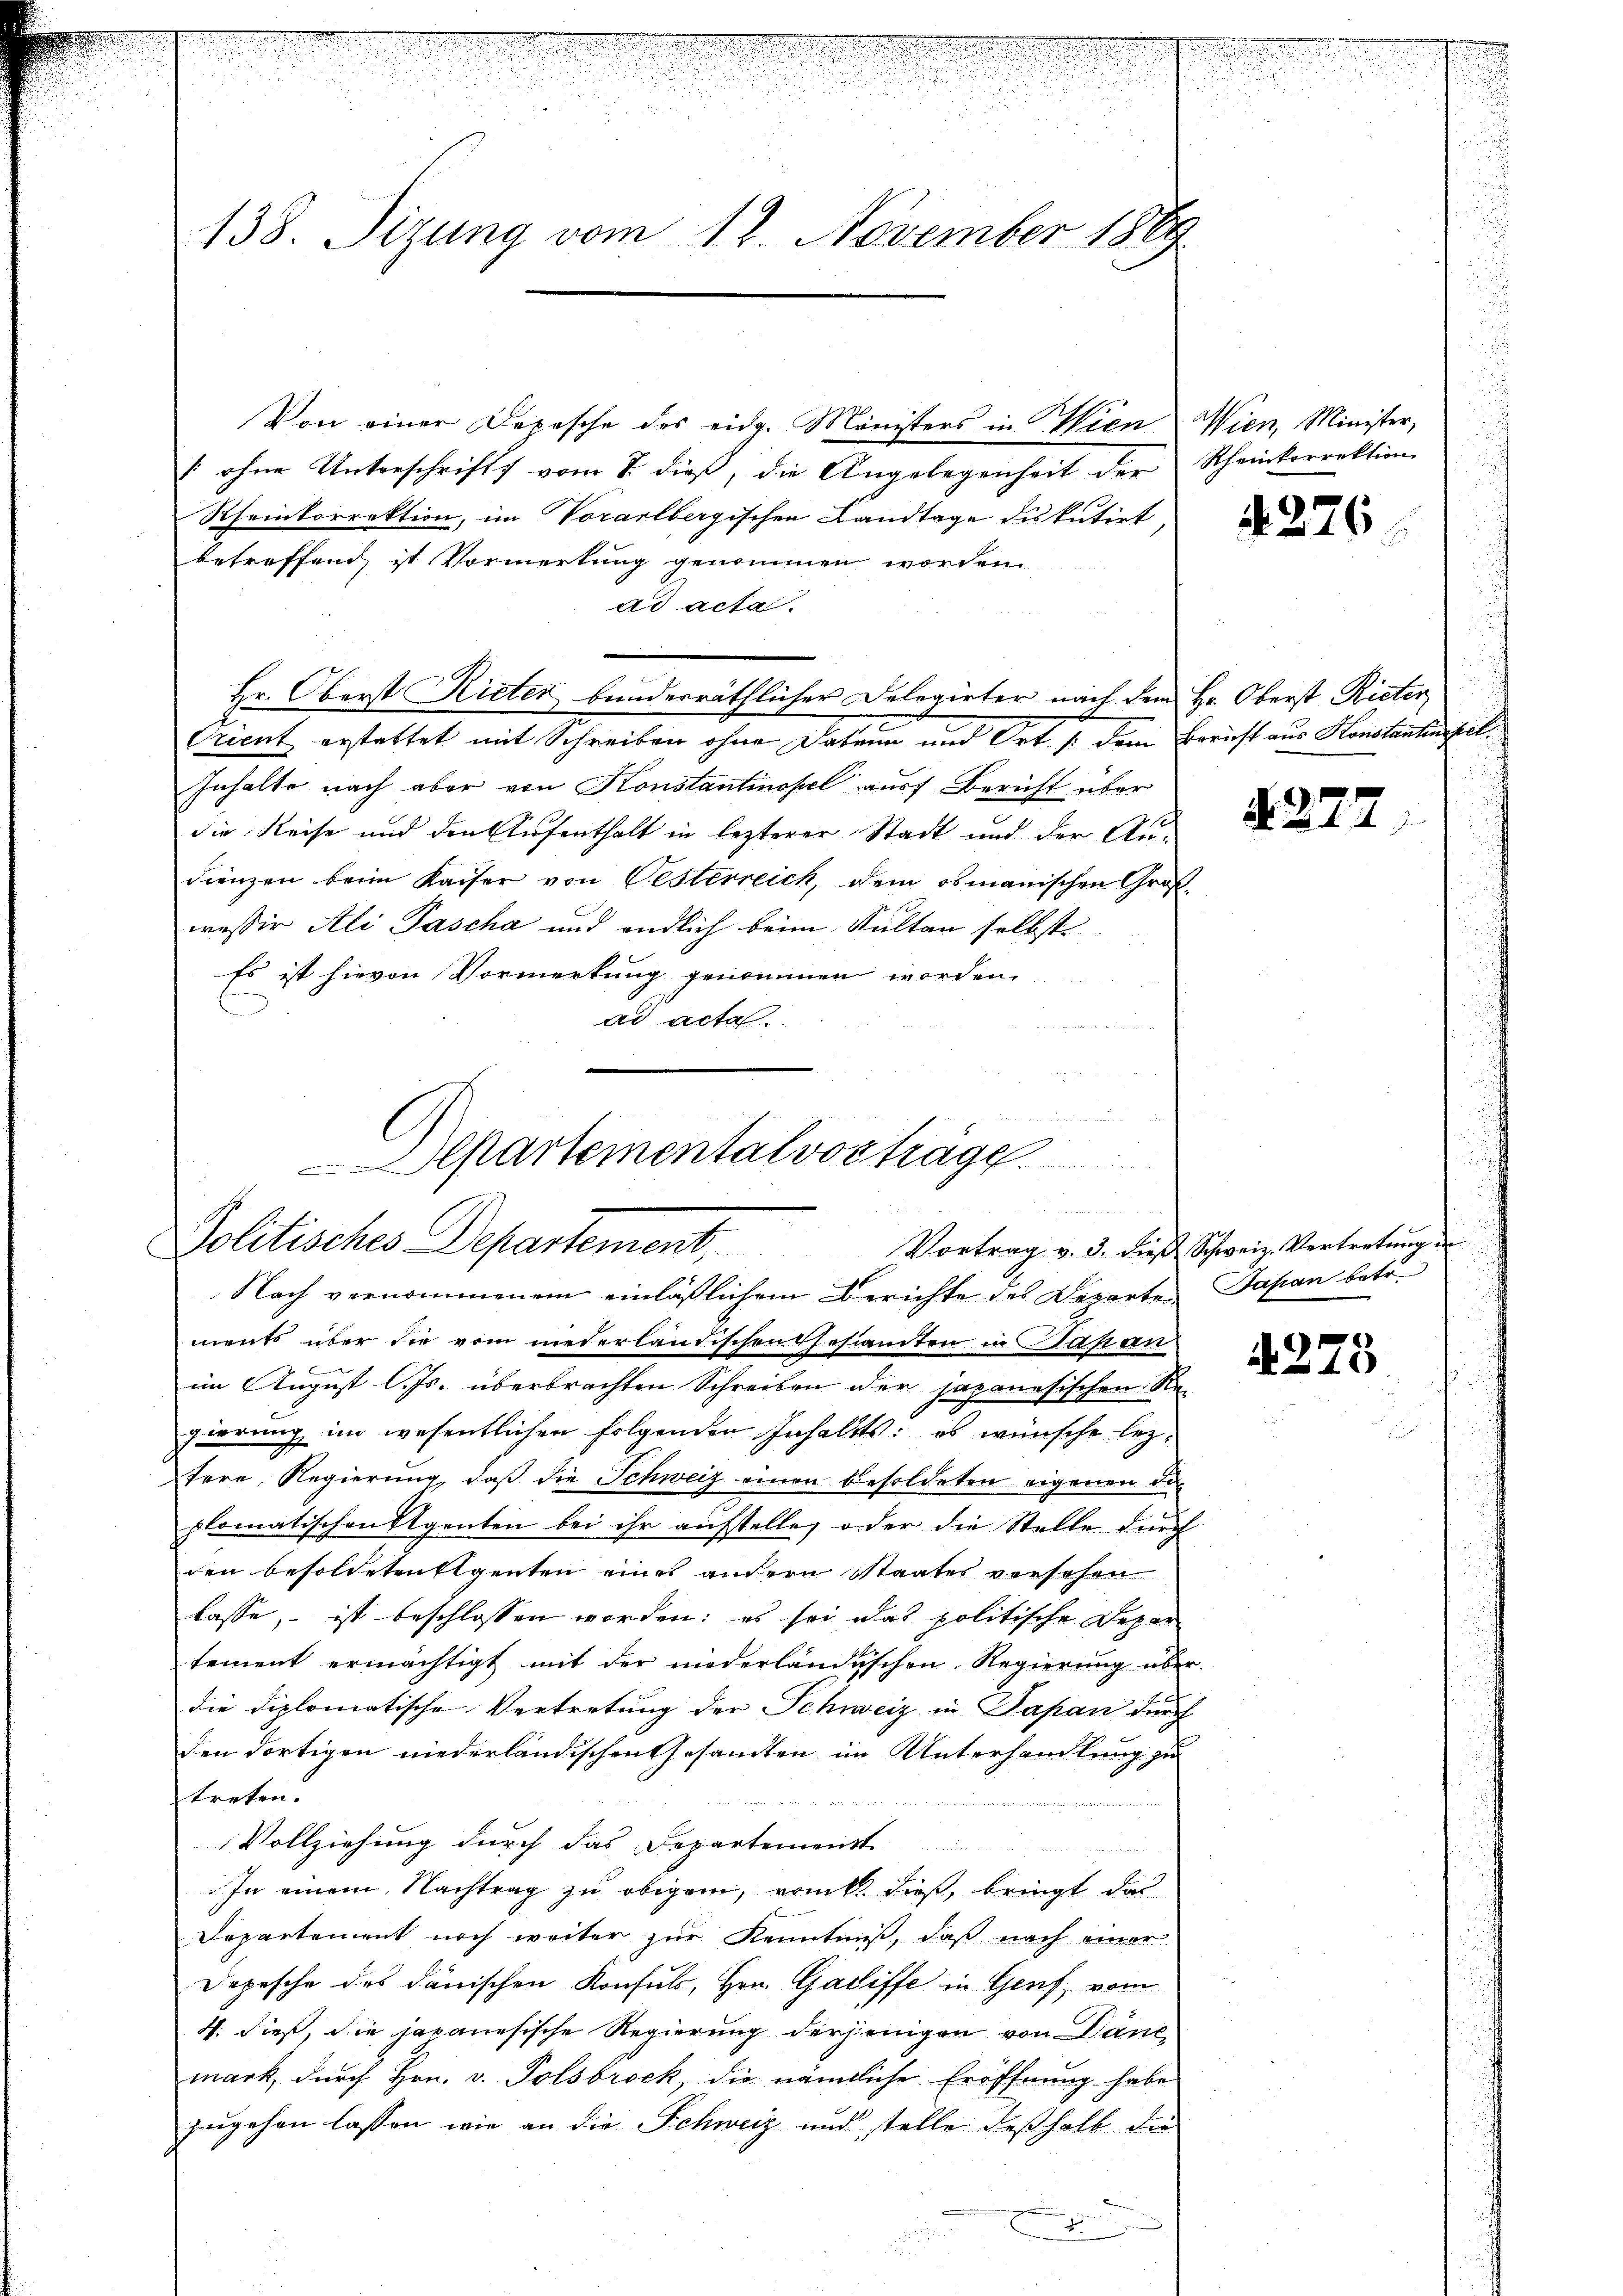
.
.

138. Sizung vom 18. November 1889

Von einer Depesche des eidg. Ministers in Wien Wien, Minister,
 ohne Unterschrift vom 8. dieß, die Angelegenheit der
Rheinkorrektion, im Vorarlbergischen Landtage diskutirt,
betreffend, ist Vormerkung genommen worden.
ad acta.
Hr. Oberst Rieter bundesräthlicher Delegirter nach dem Hr. Oberst Rieter
Trient erstattet mit Schreiben ohne Dabrun und Ort /: dem Bericht aus Konstantinstel¬
Inhalte nach aber von Konstantinopel auf Bericht über
die Reise und den Aufenthalt in lezterer Stadt und der An-
dienzen beim Kaiser von Oesterreich, dem obmanischen Großwesser Ali Pascha und endlich beim Kulten selbst
Es ist hievon Vormerkung genommen worden.
ad acta.
n
.
epartementalvorträge

Politisches Departement. Vortrag v. d. dieß Schweiz Vertretung
Nach vernommenem einläßlichem Berichte des Departen Japan betr.

ments über die vom niederlautischen Gesamten in das an
im August l. Js. überbrachten Schreiben der japanesischen Regierung im wesentlichen folgenden Inhalts: es wünsche leztere Regierung, daß die Schweiz einen Besoldeten eigenen di
plomatischen Segenten bei ihr aufstelle, oder die Stelle durch
den besoldeten Eigenten eines andern Staates versehen
lasse, ist beschlossen worden; es sei das politische Depar
tement ermächtigt mit der niederländischen Regierung über-
die diplomatische Vertretung der Schweiz in Papan durch
den dortigen niederländischen Gesamten im Unterhandlung zu
treten.
Vollziehung durch das Departement
In einem Nachtrag zu obigem, rank dieß, bringt das
Departement noch weiter zur Kenntniß, daß nach einer
Depesche des dänischen Konsuls, Hrn. Gadiffe in Genf, vom
4. dieß, die japanesische Regierung derjenigen von Danc
mark, durch Hrn. v. Polsorock, die nämliche Eröffnung habe
zugehen lassen, wie an die Schweiz und stelle deßhalb die

Rheinkorrektion

A 276

N. 277

4278